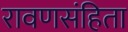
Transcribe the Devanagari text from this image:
रावणसंहिता